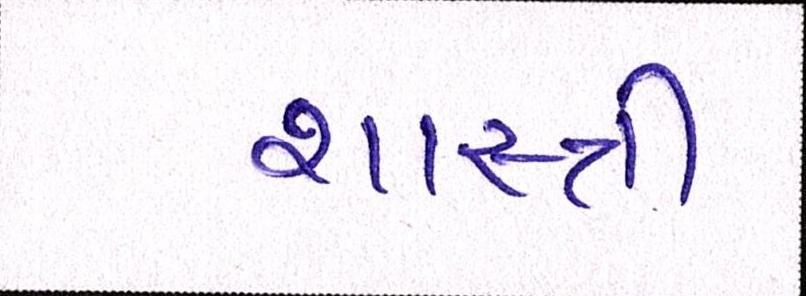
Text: શાસ્ત્રી